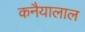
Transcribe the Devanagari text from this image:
कनैयालाल